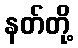
နတ်တို့